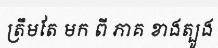
ត្រឹមតែ មក ពី ភាគ ខាងត្បូង